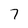
Character: 7